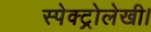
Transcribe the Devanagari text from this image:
स्पेक्ट्रोलेखी।